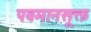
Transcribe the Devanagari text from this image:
पवमानसूक्त